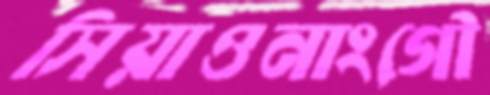
সিয়াওনাংগৌ